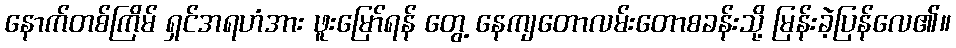
နောက်တစ်ကြိမ် ရှင်အရဟံအား ဖူးမြော်ရန် တွေ့ နေကျတောလမ်းတောစခန်းသို့ မြန်းခဲ့ပြန်လေ၏။